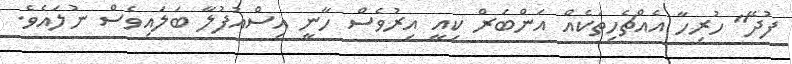
ފުދޭ" ހުރިހާ އެއްޗެހިތަކެއް އަންބަރް ކިއީ އިރުވެސް ހާނީ އިސްއުފުލާ ބަލައިވެސް ނުލައެވެ.